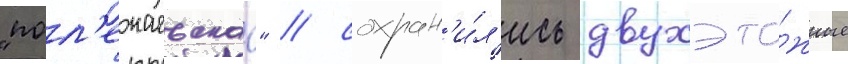
"пол'ежаевскаа" / сохран'и́л'ись двухэта́жные